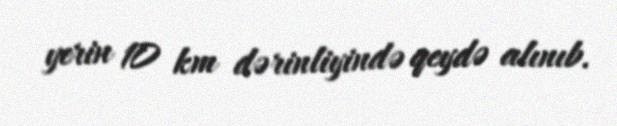
yerin 10 km dərinliyində qeydə alınıb.